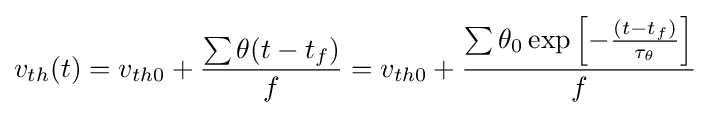
v_{th}(t)=v_{th0}+{\frac {\sum \theta (t-t_{f})}{f}}=v_{th0}+{\frac {\sum \theta _{0}\exp \left[-{\frac {(t-t_{f})}{\tau _{\theta }}}\right]}{f}}